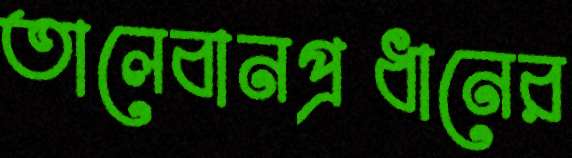
তালেবানপ্রধানের